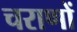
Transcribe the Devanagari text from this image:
चराणों